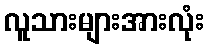
လူသားများအားလုံး